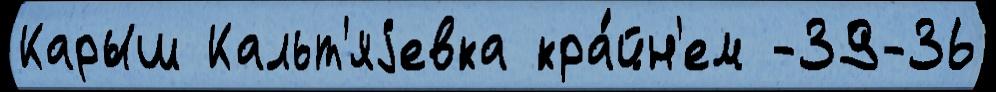
Карыш Кальт'яjевка кра́йн'ем -39-36